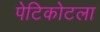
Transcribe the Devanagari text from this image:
पेटिकोटला